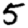
Digit: 5